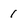
Character: 1